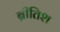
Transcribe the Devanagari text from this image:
ब्रीतिश